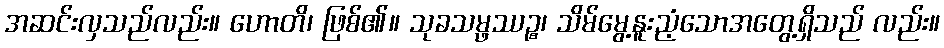
အဆင်းလှသည်လည်း။ ဟောတိ၊ ဖြစ်၏။ သုခသမ္ဖဿဉ္စ၊ သိမ်မွေ့နူးညံ့သောအတွေ့ရှိသည် လည်း။